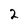
Character: 2